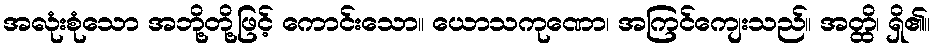
အလုံးစုံသော အဘို့တို့ဖြင့် ကောင်းသော။ ယောသကုဏော၊ အကြင်ကျေးသည်။ အတ္ထိ၊ ရှိ၏။